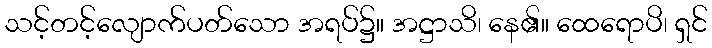
သင့်တင့်လျောက်ပတ်သော အရပ်၌။ အဋ္ဌာသိ၊ နေ၏။ ထေရောပိ၊ ရှင်